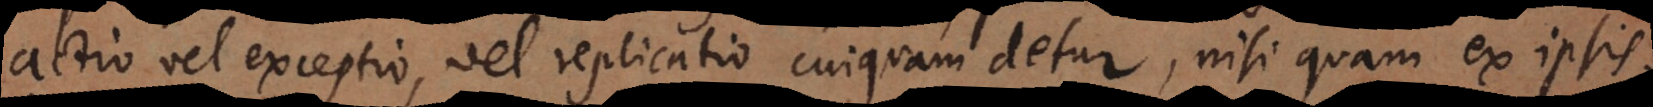
actio vel exceptio, vel replicatio cuiquam detur, nisi quam ex ipsis